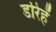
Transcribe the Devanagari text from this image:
डरिहें